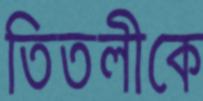
তিতলীকে